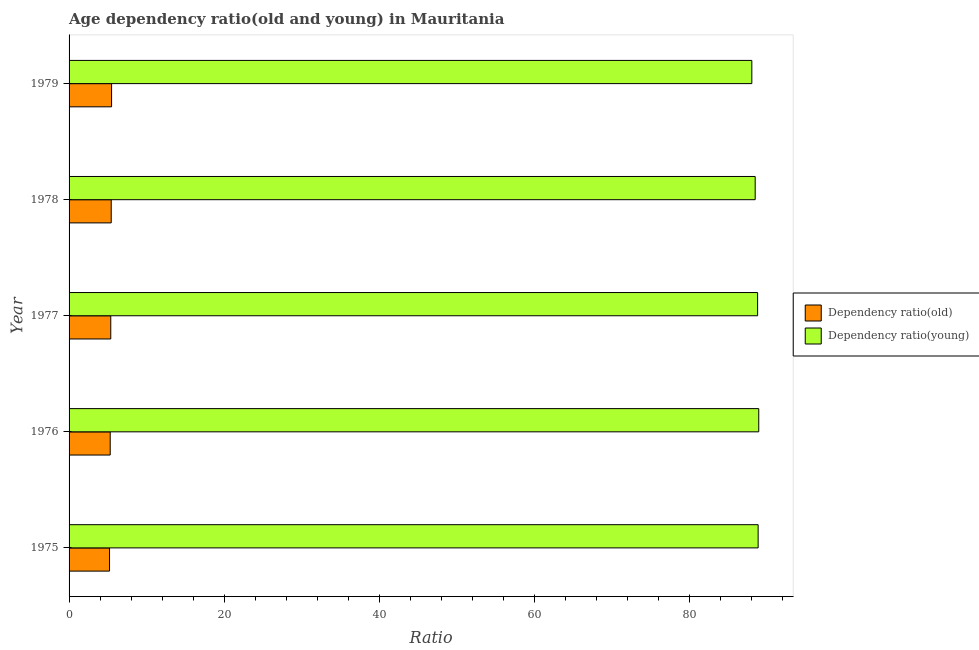
| Year | Dependency ratio(old) | Dependency ratio(young) |
 | --- | --- | --- |
 | 1975 | 5.22 | 88.9 |
 | 1976 | 5.31 | 89 |
 | 1977 | 5.38 | 88.8 |
 | 1978 | 5.44 | 88.5 |
 | 1979 | 5.48 | 88.1 |